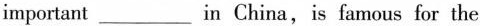
important ___ in China,is famous for the